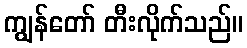
ကျွန်တော် တီးလိုက်သည်။